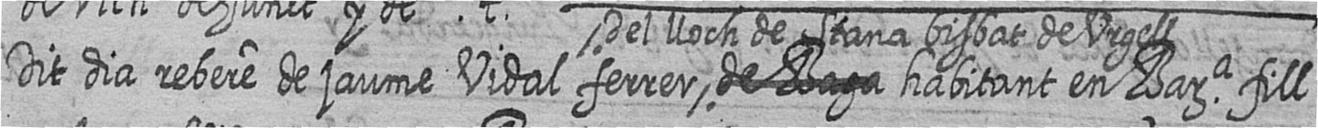
Dit dia rebere de jaume Vidal ferrer # # del lloch de Stana bisbat de Urgell habitant en Bara fill